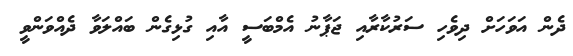
ދެން އަވަހަށް ދިވެހި ސަރުކާރާއި ޖަޕާނު އެމްބަސީ އާއި ގުޅިގެން ބައްލަވާ ދެއްވަންވީ